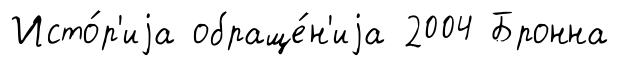
Исто́р'иjа обраще́н'иjа 2004 Бронна